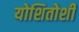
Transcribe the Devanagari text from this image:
योशितोशी